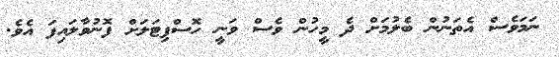
ނަމަވެސް އެތަނުން ބެލުމަށް ދެ މީހުން ވެސް ވަނީ ހޮސްޕިޓަލަށް ފޮނުވާލައިފަ އެވެ.